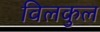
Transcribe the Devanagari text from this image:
विलकुल